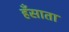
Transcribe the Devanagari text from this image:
हँसाता